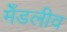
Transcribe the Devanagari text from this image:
मेँडलीव